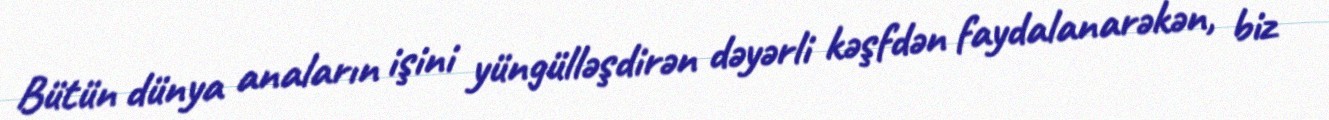
Bütün dünya anaların işini yüngülləşdirən dəyərli kəşfdən faydalanarəkən, biz